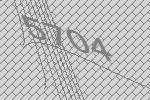
5704